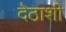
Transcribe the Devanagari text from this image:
देठाशी